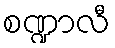
စဏ္ဍာလီ